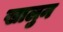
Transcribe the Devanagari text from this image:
खालुन